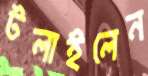
টলাইলেন